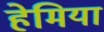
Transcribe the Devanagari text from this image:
हेमिया